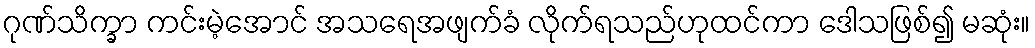
ဂုဏ်သိက္ခာ ကင်းမဲ့အောင် အသရေအဖျက်ခံ လိုက်ရသည်ဟုထင်ကာ ဒေါသဖြစ်၍ မဆုံး။